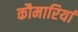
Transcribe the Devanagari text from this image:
कौमारियां